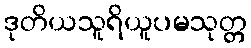
ဒုတိယသူရိယူပမသုတ္တ